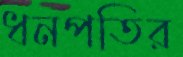
ধনপতির